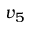
v _ { 5 }